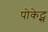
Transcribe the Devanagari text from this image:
पोकेट्स